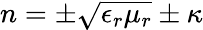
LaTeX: n=\pm{\sqrt{\epsilon_{r}\mu_{r}}}\pm\kappa